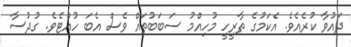
ދައުވާ ކުރެއެވެ. އެކަމުގެ ތާރީހީ މުހިއްމު ސަބަބުތައް ވެސް އެބަ ހުއްޓެވެ. ގުދުސާ